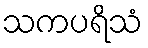
သကပရိသံ